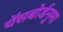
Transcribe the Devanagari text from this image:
चॅसबोर्डनुमा